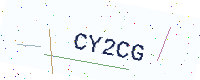
Text: CY2CG